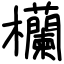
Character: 欗